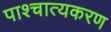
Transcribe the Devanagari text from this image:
पाश्चात्यकरण